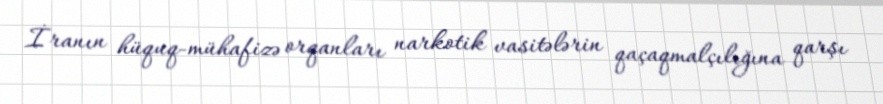
İranın hüquq-mühafizə orqanları narkotik vasitələrin qaçaqmalçılığına qarşı